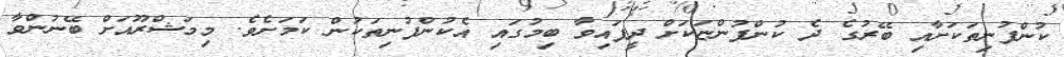
ކުންފުނިތަކަށާއި ބޭރުގެ ދެ ކުންފުންޏަކަށް ދީފައިވާ ބިމުގައި އެކުންފުނިތަކުން ކަމަށެވެ. މިމަޝްރޫއަށް ބޭނުންވާ